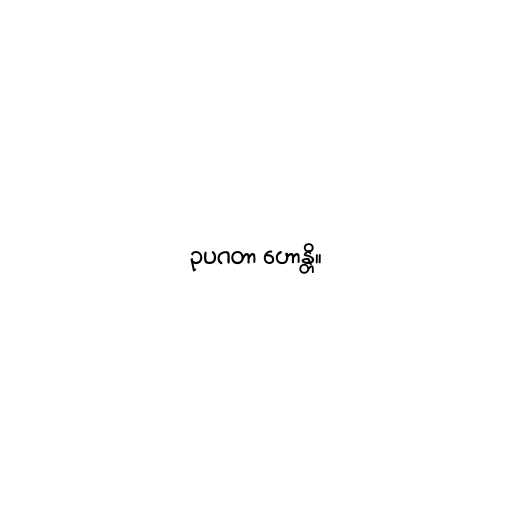
ဥပဂတာ ဟောန္တိ။